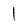
Character: l